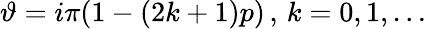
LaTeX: \vartheta=i\pi(1-(2k+1)p)\, ,\, k=0,1,\ldots